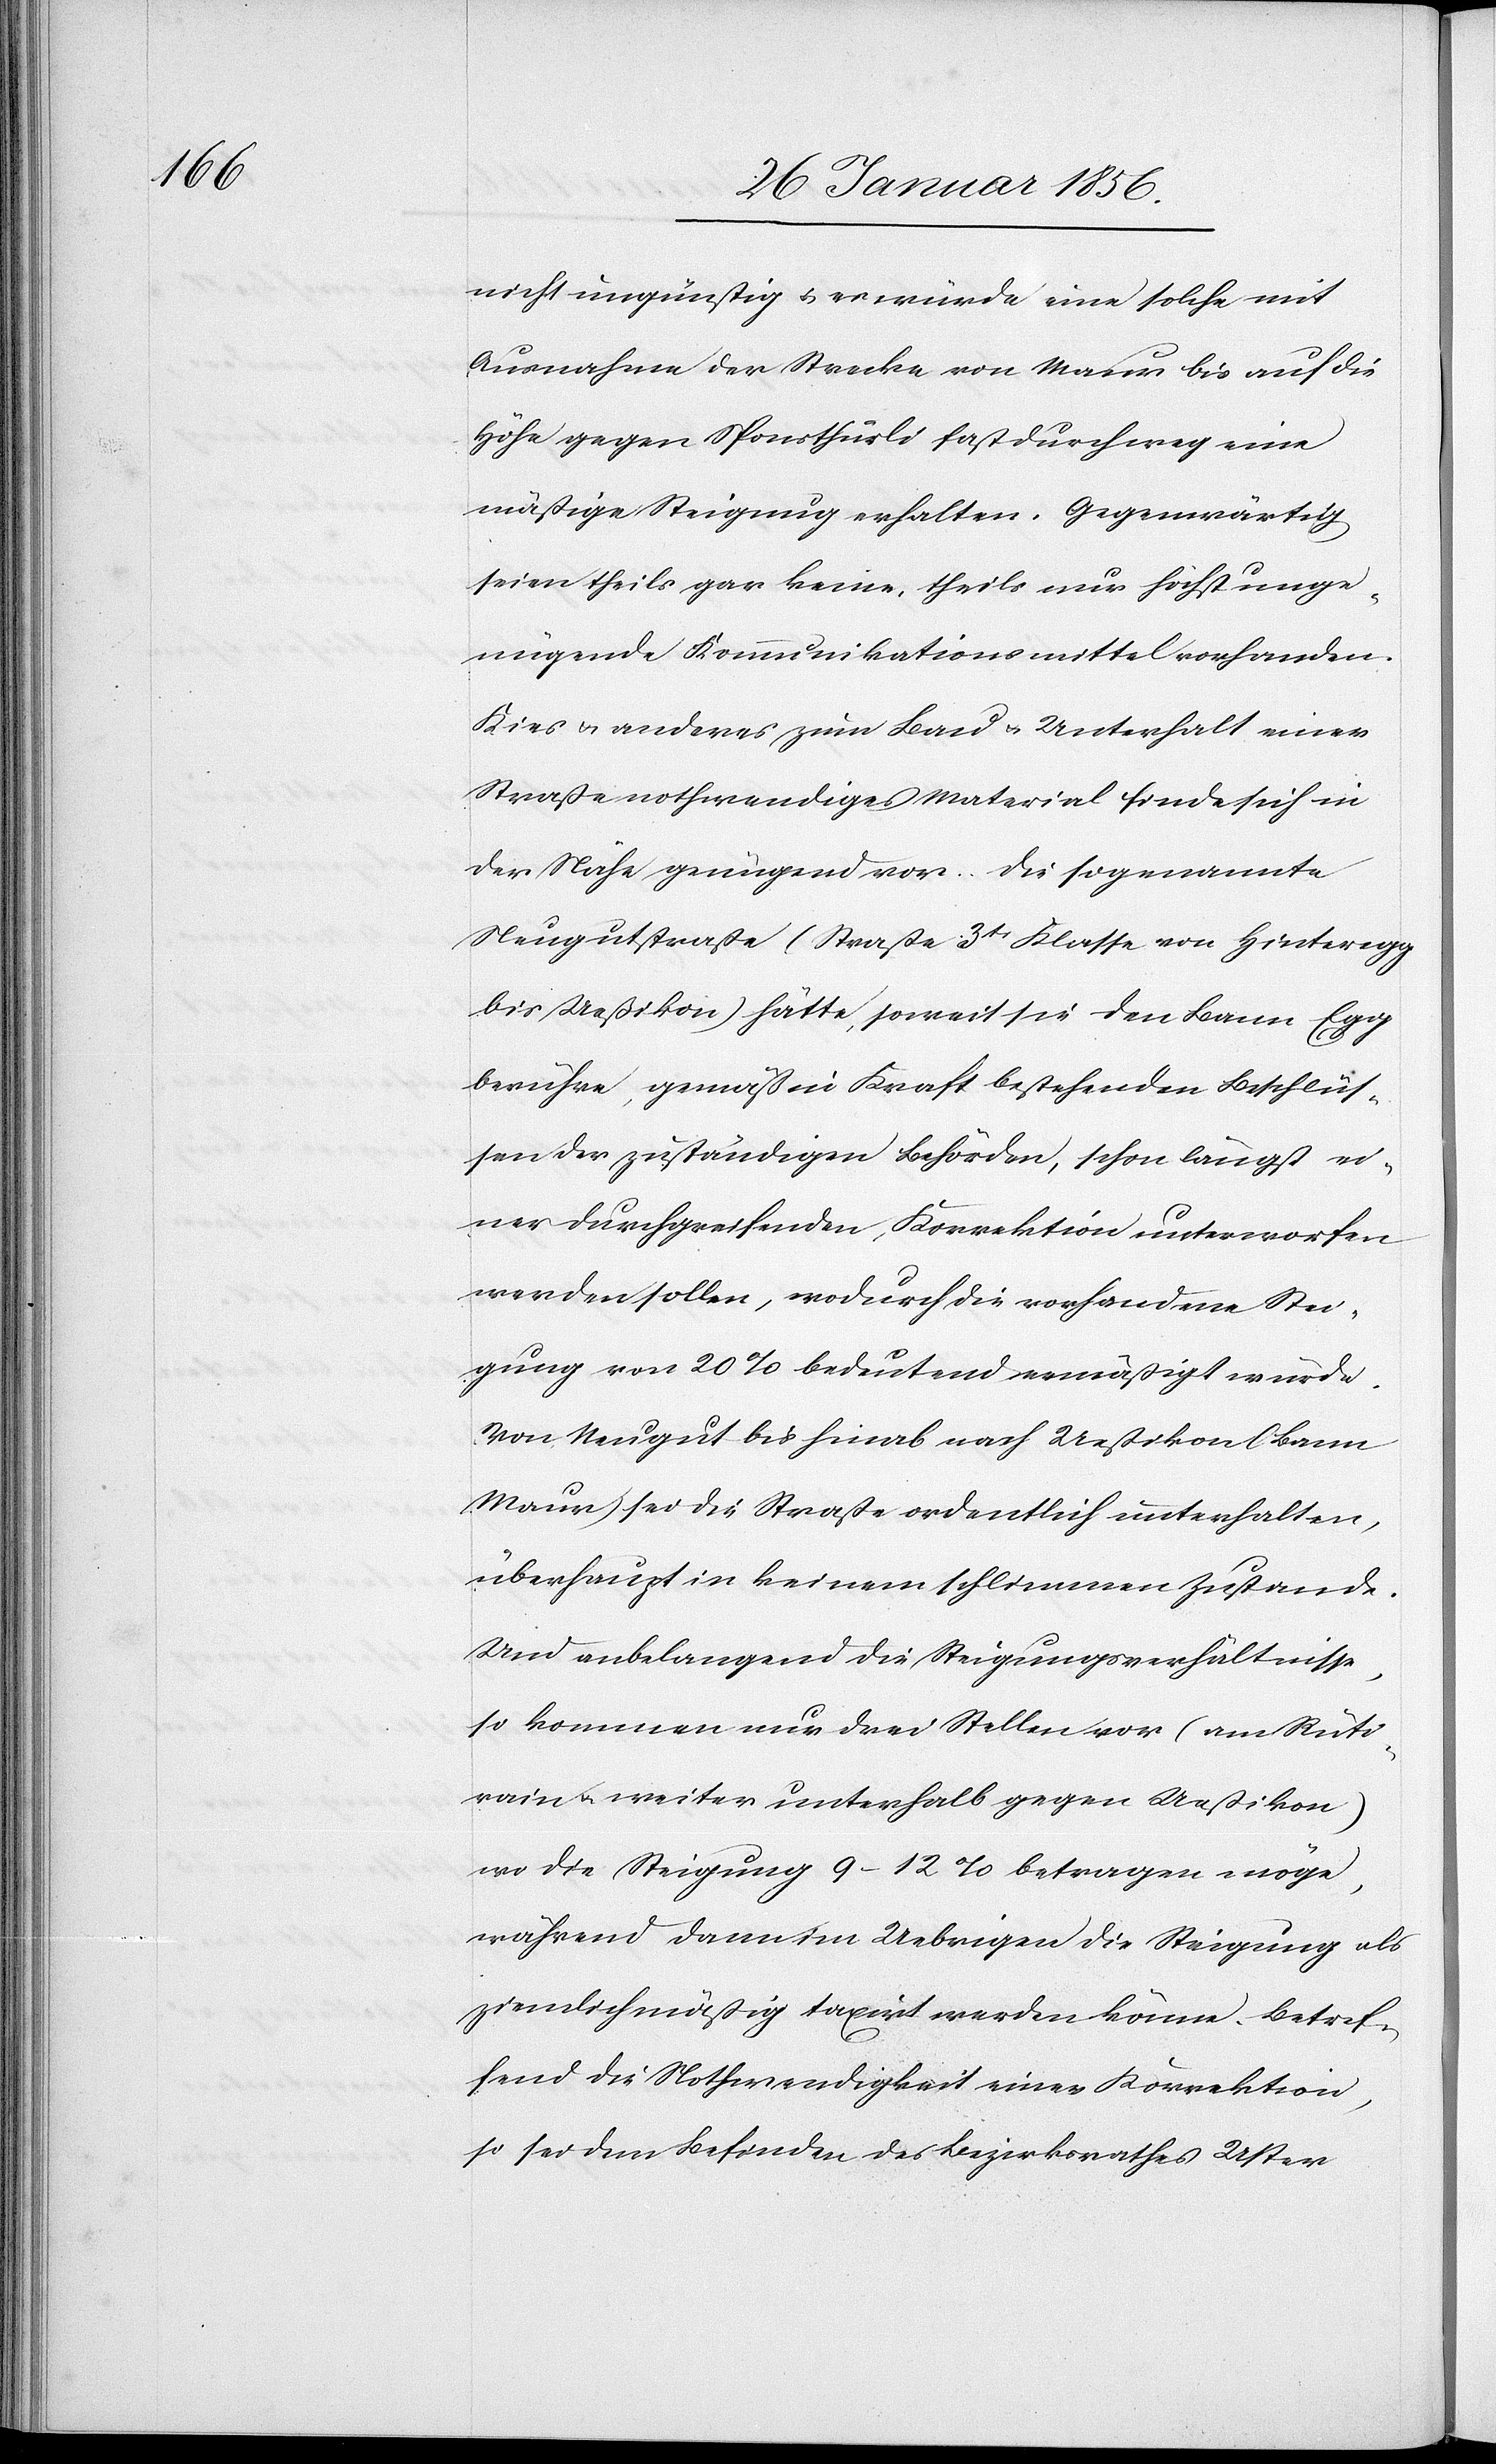
nicht ungünstig u. es würde eine solche mit
Ausnahme der Strecke von Maur bis auf die
Höfe gegen Sponsthürli fast durchweg eine
mäßige Steigung erhalten. Gegenwärtig
seien theils gar keine, theils nur höchst unge¬
nügende Kommunikationsmittel vorhanden.
Kies u. anderes zum Land u. Unterhalt einer
Straße nothwendige Material finde sich in
der Nähe genügend vor. Die sogenannte
Neugutstraße (Straße 3tr Klasse von Hinteregg
bis Ueßikon) hätte, soweit sie den Bann Egg
berühre, gemäß in Kraft bestehenden Beschlüs¬
sen der zuständigen Behörden, schon längst ei¬
ner durchgreifenden, Korrektion unterworfen
werden sollen, wodurch die vorhandene Stei¬
gung von 20% bedeutend ermäßigt würde.
Von Neugut bis hinab nach Ueßikon (Bann
Maur) sei die Straße ordentlich unterhalten,
überhaupt in keinem schlimmen Zustande.
Und anbelangend die Steigungsverhältnisse,
so kommen nur drei Stellen vor (am Rüti¬
rain u. weiter unterhalb gegen Ueßikon)
wo die Steigung 9–12% betragen möge,
während dann im Uebrigen die Steigung als
ziemlich mäßig taxirt werden könne. Betref¬
fend die Nothwendigkeit einer Korrektion
so sei dem Befinden des Bezirksrathes Uster